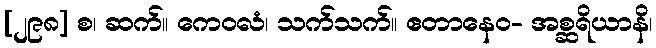
[၂၉၈] စ၊ ဆက်။ ကေဝလံ၊ သက်သက်။ ဧတာနေဝ- အစ္ဆရိယာနိ၊